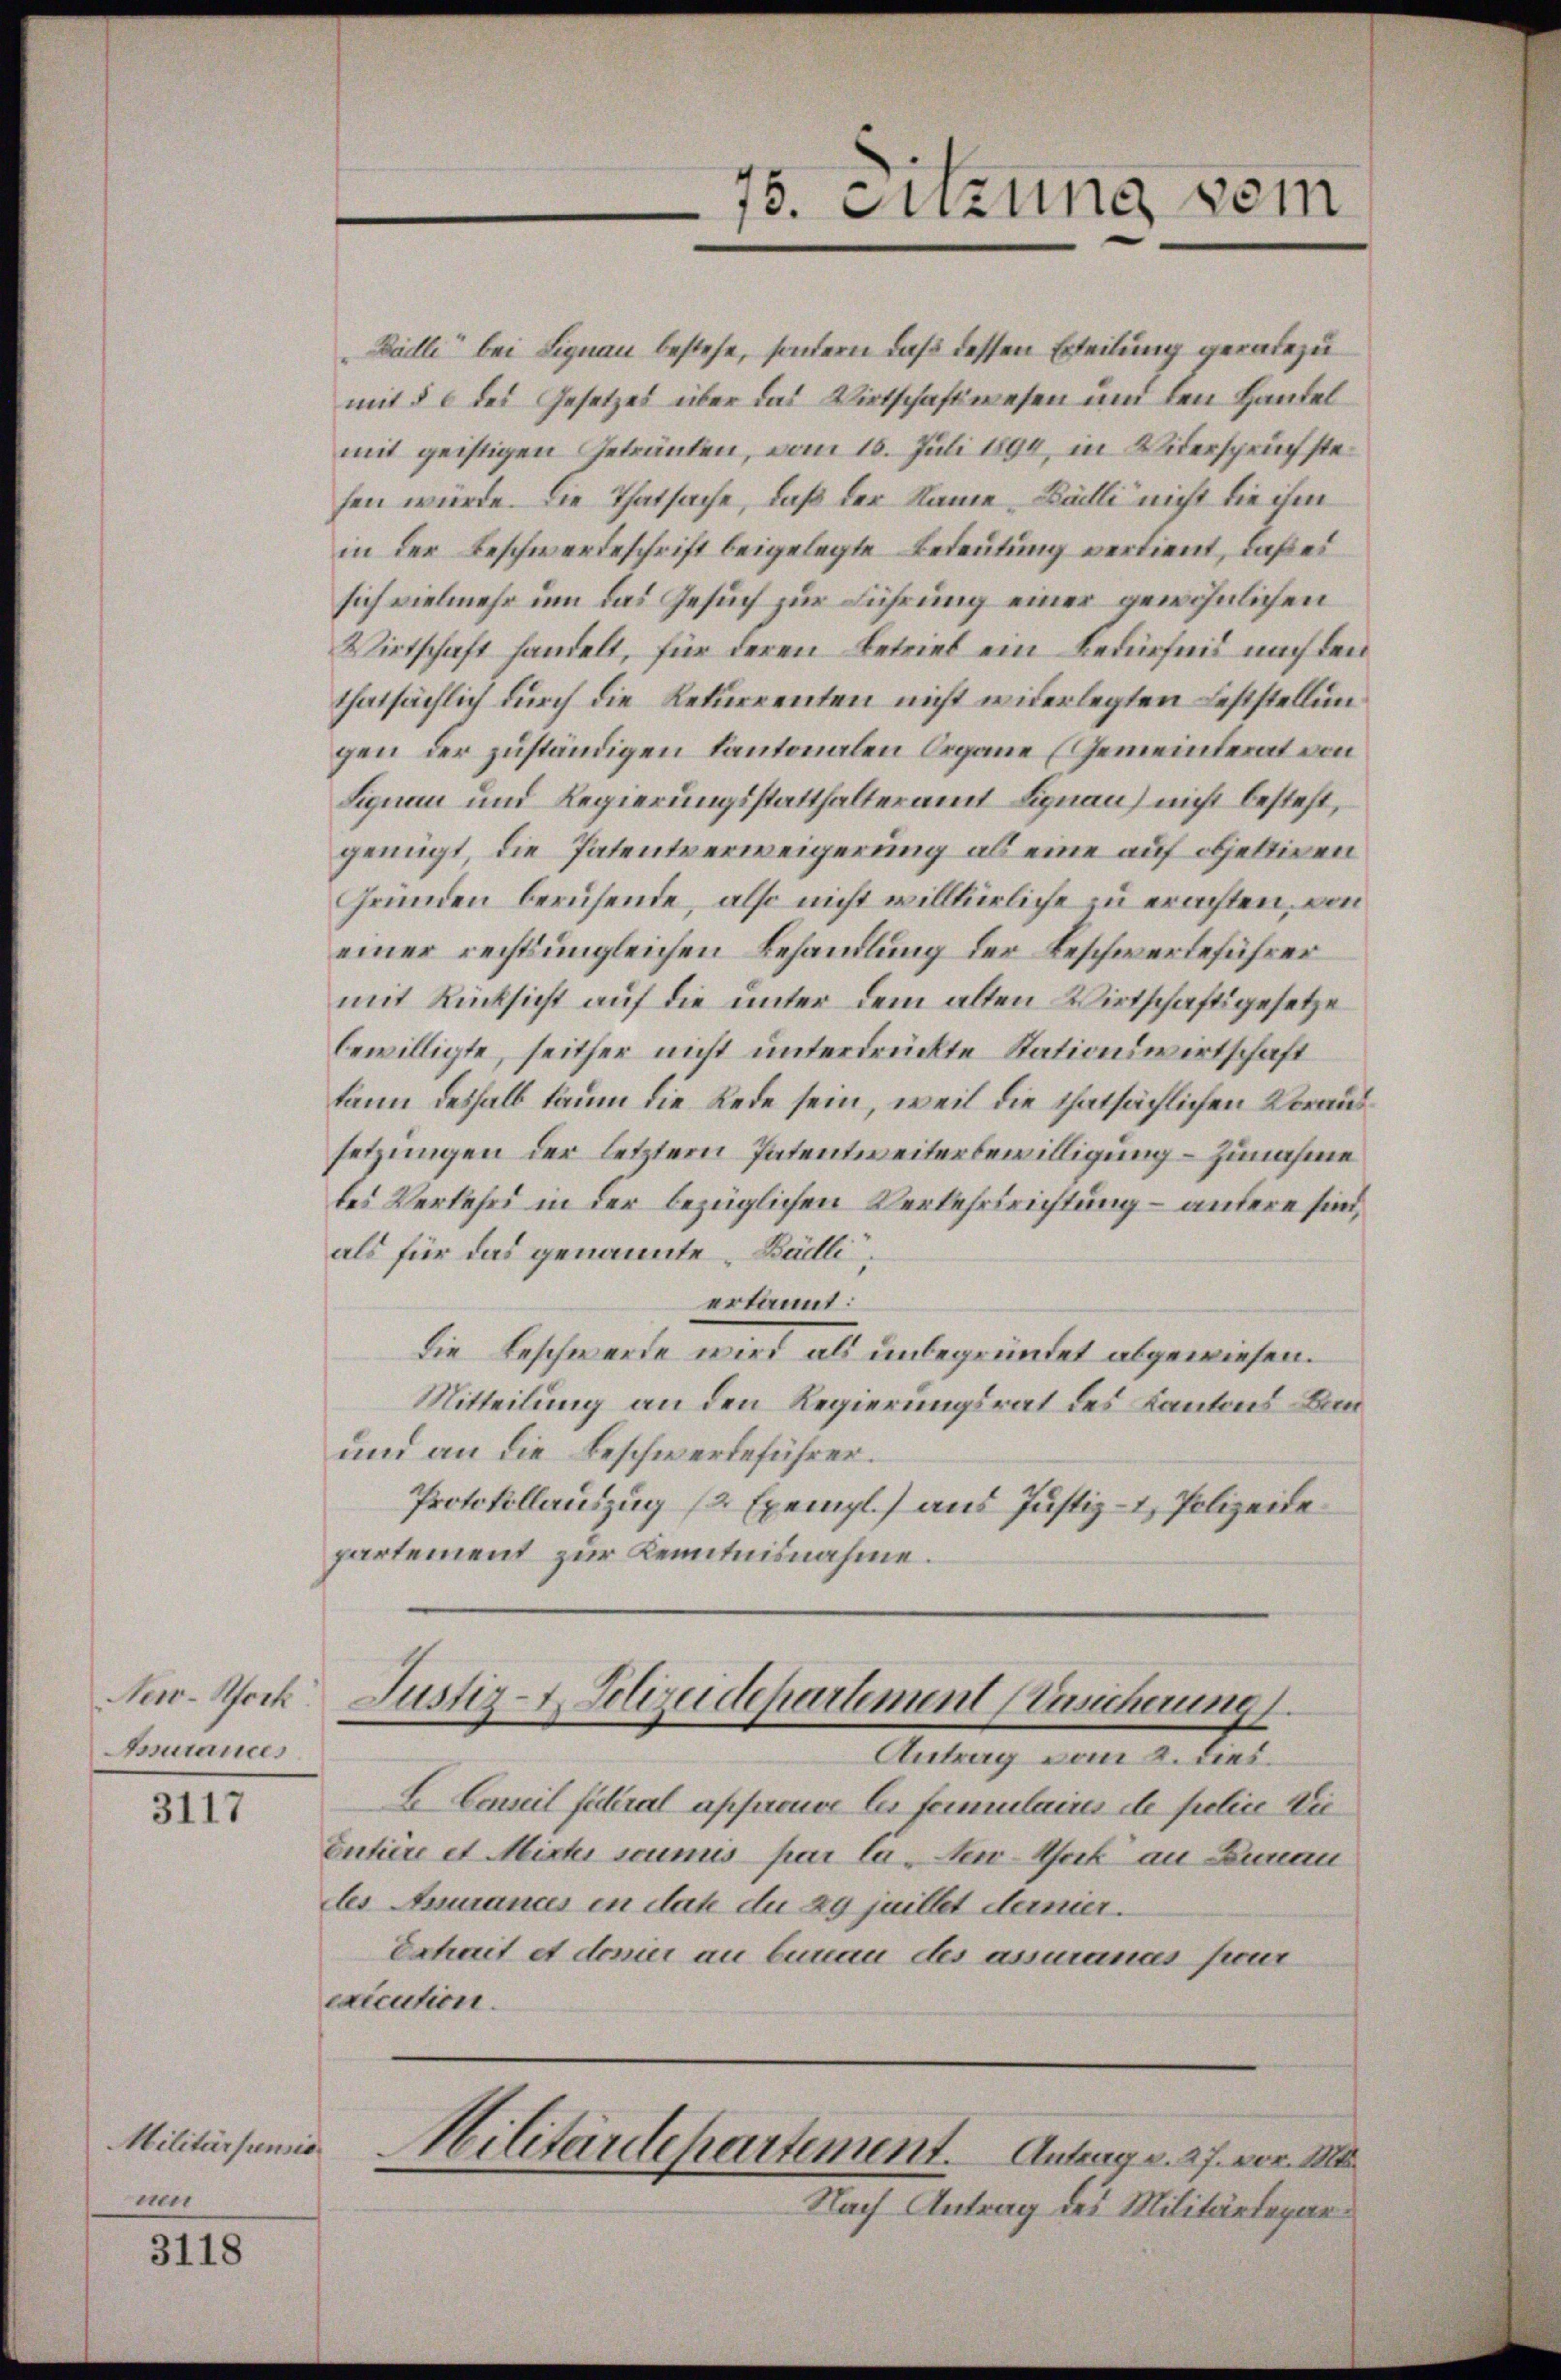
New-Hock.
Asurances

3117

Militärpensio
ne

3118

Bedle bei Lignau bestehe, sondern daß dessen Erteilung geradezu
mit § 6 des Gesetzes über das Wirtschaftswesen und den Handel
mit geistigen Getränken, vom 16. Juli 1894, in Widerspruchstefen würde. Die Thatsache, daß der Name Balli nicht die ihm
in der Beschwerdeschrift beigelegte Bedeutung verdient, daß es
sich vielmehr um das Gesuch zur Führung einer gewöhnlichen
Wirtschaft handelt, für deren Betrieb ein Bedürfnis nach den
thatsächlich durch die Rekurrenten nicht widerlegten Feststellungen der zuständigen kantonalen Organe (Gemeinterat von
Signau und Regierungsstatthalteramt Signau) nicht besteht,
genügt, die Patentverweigerung als eine auf oeltigen
Gründen beruhende, also nicht willkürliche zu erachten, von
einer rechtsingleichen Behandlung der Beschwerdeführer
mit Rücksicht auf die unter dem alten Wirtschaftsgesetze
bewilligte, seither nicht unterdrückte Stationswirtschaft
kann deshalb kaum die Rede sein, weil die thatsächlichen Voraussetzungen der letztem Patentweiterbewilligung – zunahme
des Verkehrs in der bezüglichen Verkehrsrichtung – antere sind,
als für das genannte Bädlierkannt:
die Beschwerde wird als unbegründet abgewiesen.
Mitteilung an den Regierungsrat des Kantons Bun¬
und an die Beschwerdeführer.
Protokollauszug (2 Exempl.) aus Justiz- & Polizeidepartement zur Kenntnisnahme.

75. Sitzung vom

Justiz-Polizeidepartement (Zuscherung

Antrag vom 2. dies
E Camit filial approuve les femmelaires de fielice die¬
Entière et Mister soumis par la- New-York an Dunau
des Anurancs in das du 29 jaillet deiner.
Exhait et devier an benau des assmanns freur
execution.

Militärdepartement. Antrag v. 27. vor. Mt

Nach Antrag des Militärdepar¬